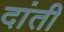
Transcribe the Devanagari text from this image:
दांती